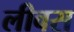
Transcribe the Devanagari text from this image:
लीवस